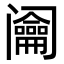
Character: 𨸎